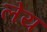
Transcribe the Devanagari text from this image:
लेय